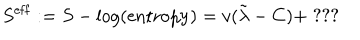
S ^ { \mathrm { e f f } } : = S - \log ( \mathrm { e n t r o p y } ) = v ( \tilde { \lambda } - C ) + \; ? ? ?